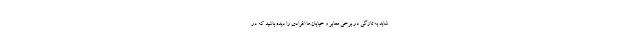
شاید به تازگی در برخی معابر و خیابان‌ها افرادی را دیده باشید که در